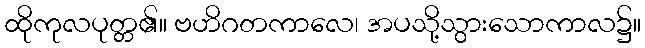
ထိုကုလပုတ္တ၏။ ဗဟိဂတကာလေ၊ အပသို့သွားသောကာလ၌။